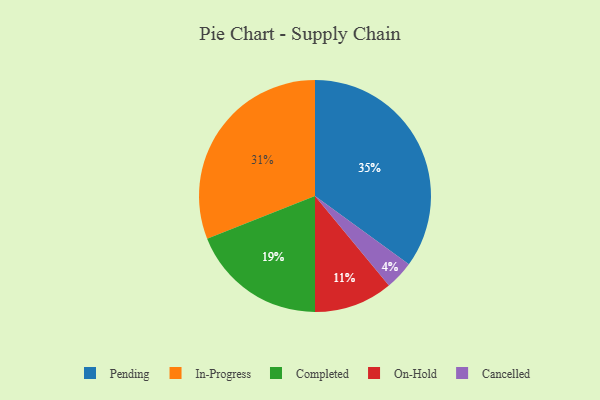
{"axis": {"x": "Category", "y": "Percentage"}, "legend": ["Cancelled", "Completed", "In-Progress", "On-Hold", "Pending"], "data": [{"x": "Cancelled", "y": 4, "type": "Cancelled"}, {"x": "Completed", "y": 19, "type": "Completed"}, {"x": "Pending", "y": 35, "type": "Pending"}, {"x": "On-Hold", "y": 11, "type": "On-Hold"}, {"x": "In-Progress", "y": 31, "type": "In-Progress"}]}